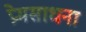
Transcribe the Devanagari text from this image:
प्रेमसाधना